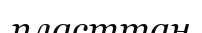
пласттан